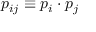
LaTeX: p _ { i j } \equiv p _ { i } \cdot p _ { j }